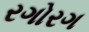
રગોરગ